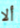
ألا